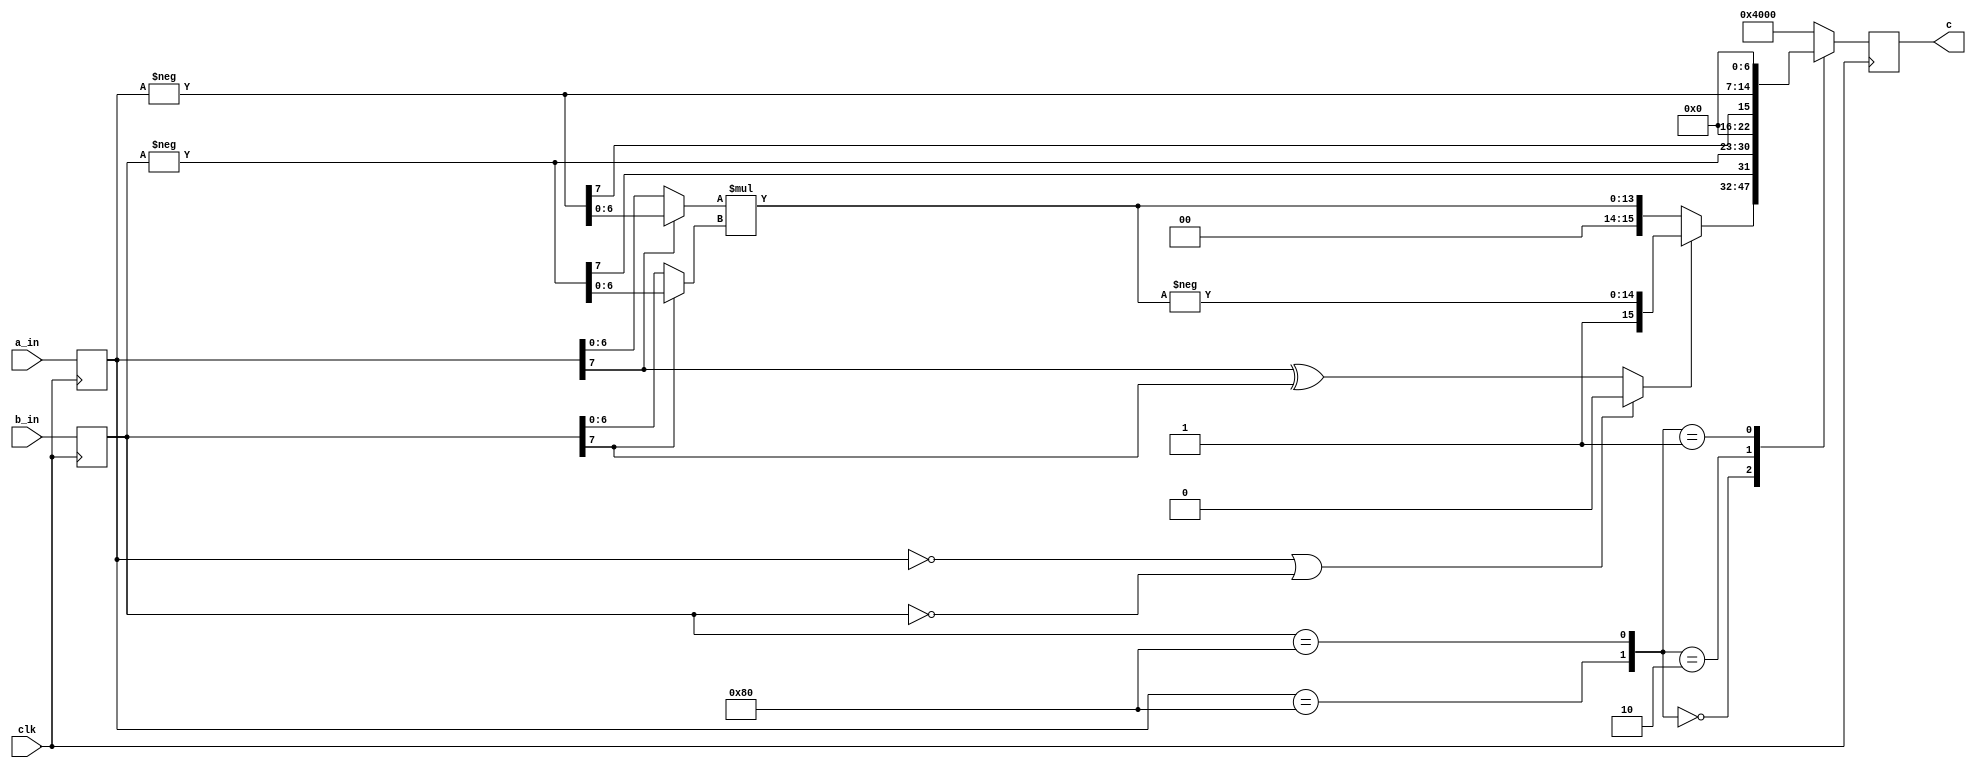
module signedmul(clk, a_in, b_in, c);
    parameter n = 8;
    input clk;
    input [n-1:0] a_in, b_in;
    output [2*n-1:0] c;

    // flop a_in and b_in and turn them into a and b
    reg [n-1:0] a, b;
    always @(posedge clk) begin
        a <= #100000 a_in;
        b <= #100000 b_in;
    end

	// ============ pipeline stage 1 =============================

    // check whether a,b are at minimum in 2's complement
    wire a_min, b_min;
    assign a_min = (a == {1'b1, {(n-1){1'b0}} } );
    assign b_min = (b == {1'b1, {(n-1){1'b0}} } );

	// generate -a and -b
	wire [n-1:0] minus_a, minus_b;
	assign minus_a = -a;
	assign minus_b = -b;

    // calculate sign and magnitude parts of a, b
	// sa=sign_a, sb=sign_b, ma=magnitude_a, mb=magnitude_b
    wire sa, sb;
	wire [n-2:0] ma, mb;
    assign sa = a[n-1];
	assign ma = sa ? minus_a[n-2:0] : a[n-2:0];
    assign sb = b[n-1];
	assign mb = sb ? minus_b[n-2:0] : b[n-2:0];

    // generate the sign of the multiplication
	// sc = sign_c
    wire sc;
    assign sc = ( (a == 0)||(b == 0) )? 1'b0 : a[n-1] ^ b[n-1];

	// ============ pipeline stage 2 ============================

    // generate the magnitude of a*b (magnitude_c)
    wire [2*(n-1)-1:0] mc;
    // verilog 95 only supports unsigned multiplication
	assign mc = ma * mb;

	// ============= pipeline stage 3 ============================

    // generate two's complement of {sc,1'b0,mc}
	wire [2*n-1:0] mul;
    wire [2*(n-1):0] minus_mc;
    assign minus_mc = -mc;
	assign mul = sc ? {sc, minus_mc} : {sc, 1'b0, mc};

    // generate final result from mux41
    reg [2*n-1:0] cc;
    always @(a_min or b_min or mul or minus_a or minus_b) begin
		case({a_min, b_min})
			2'b00: cc = mul;
			2'b10: cc = {minus_b[n-1], minus_b, {(n-1){1'b0}} };
			2'b01: cc = {minus_a[n-1], minus_a, {(n-1){1'b0}} };
			default: cc = {2'b01, {(2*n-2){1'b0}} };
		endcase
	end

    // output c is the flopped version of cc
    reg [2*n-1:0] c;
    always @(posedge clk) begin
        c <= #100000 cc;
    end

endmodule